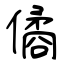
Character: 僪